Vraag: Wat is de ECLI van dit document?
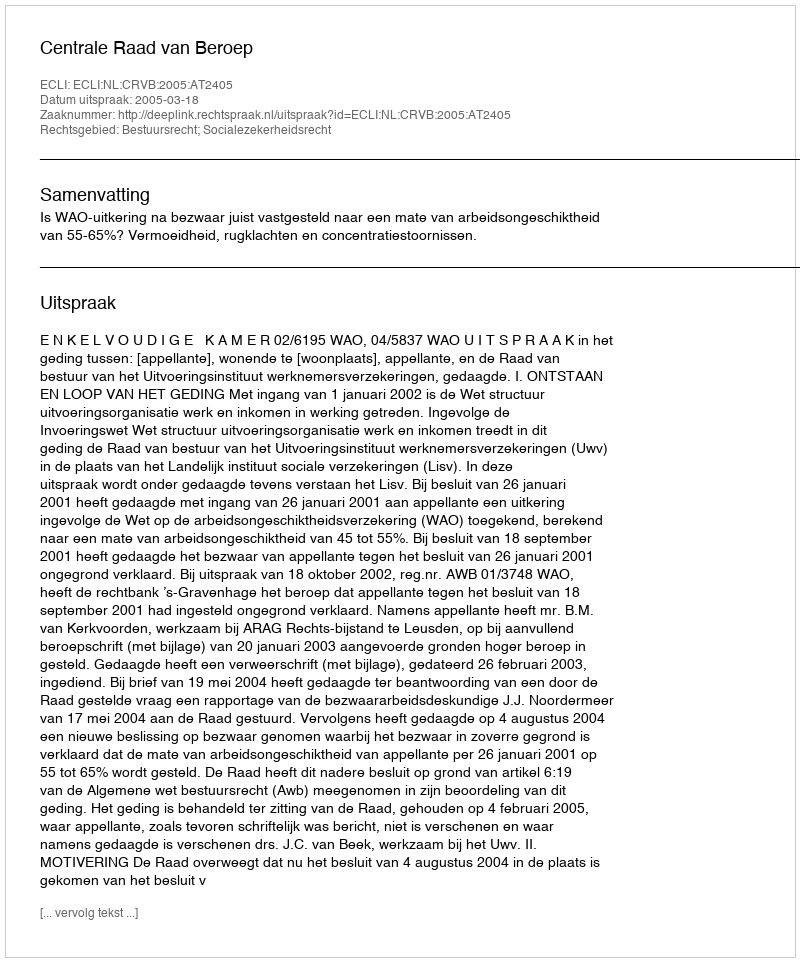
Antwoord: ECLI:NL:CRVB:2005:AT2405